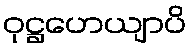
ဝုဋ္ဌဟေယျာပိ